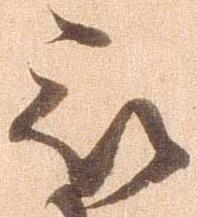
被